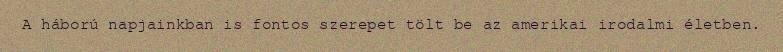
A háború napjainkban is fontos szerepet tölt be az amerikai irodalmi életben.